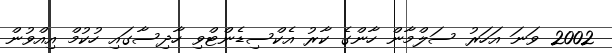
2002 ވަނަ އަހަރު ސަލްމާން ހާންގެ ކާރު އެކްސިޑެންޓްވި ހާދިސާގައި ހުކުމް އިއްވުން